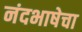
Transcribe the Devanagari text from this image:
नंदभाषेचा